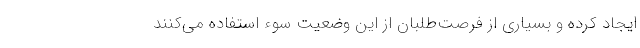
ایجاد کرده و بسیاری از فرصت‌طلبان از این وضعیت سوء استفاده می‌کنند